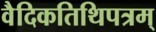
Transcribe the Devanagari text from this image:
वैदिकतिथिपत्रम्